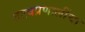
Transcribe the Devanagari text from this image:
तत्त्वप्रणालींचा